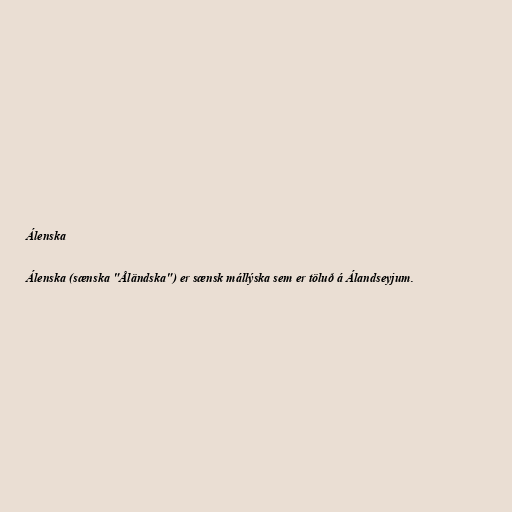
Álenska

Álenska (sænska "Åländska") er sænsk mállýska sem er töluð á Álandseyjum.